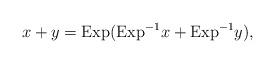
LaTeX: \begin{align*}x+y ={\rm Exp}({\rm Exp}^{-1}x + {\rm Exp}^{-1}y),\end{align*}